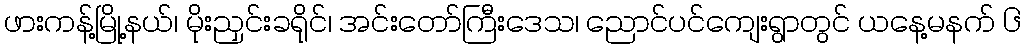
ဖားကန့်မြို့နယ်၊ မိုးညှင်းခရိုင်၊ အင်းတော်ကြီးဒေသ၊ ညောင်ပင်ကျေးရွာတွင် ယနေ့မနက် ၆